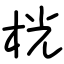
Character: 桄